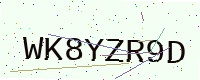
Text: WK8YZR9D